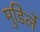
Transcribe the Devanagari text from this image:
मुडिर्ले